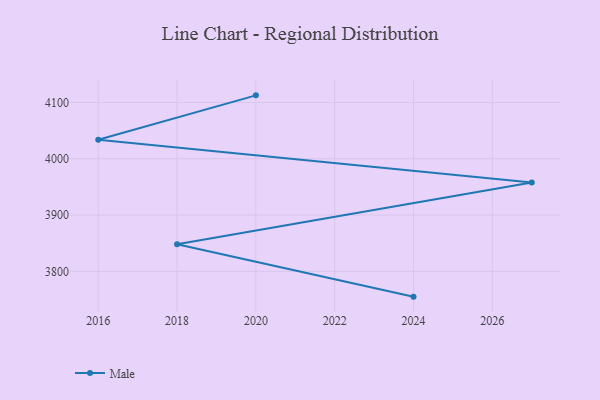
{"axis": {"x": "Year", "y": "Website Visitors"}, "legend": ["Male"], "data": [{"x": "2024", "y": 3755.0, "type": "Male"}, {"x": "2018", "y": 3848.0, "type": "Male"}, {"x": "2027", "y": 3957.8, "type": "Male"}, {"x": "2016", "y": 4033.8, "type": "Male"}, {"x": "2020", "y": 4112.7, "type": "Male"}]}